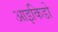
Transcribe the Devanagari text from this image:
आइकिडो